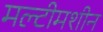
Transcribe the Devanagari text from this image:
मल्टीमशीन